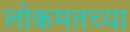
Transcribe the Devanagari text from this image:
लोकमतच्या